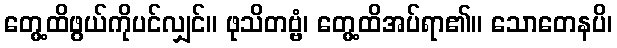
တွေ့ထိဖွယ်ကိုပင်လျှင်။ ဖုသိတဗ္ဗံ၊ တွေ့ထိအပ်ရာ၏။ သောတေနပိ၊